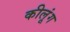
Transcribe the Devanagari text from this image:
कीलूंग